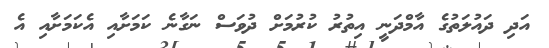
އަދި ދައުލަތުގެ އާމްދަނީ އިތުރު ކުރުމަށް ދުވަސް ނަގާނެ ކަމަށާއި އެކަމަށާއި އެ